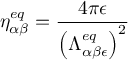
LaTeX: \eta _ { \alpha \beta } ^ { e q } = \frac { 4 \pi \epsilon } { \left( \Lambda _ { \alpha \beta \epsilon } ^ { e q } \right) ^ { 2 } }